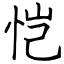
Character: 恺